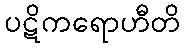
ပဋိကရောဟီတိ